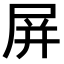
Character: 屏